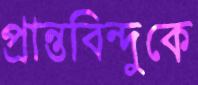
প্রান্তবিন্দুকে